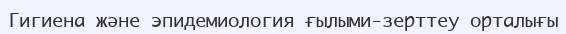
Гигиена және эпидемиология ғылыми-зерттеу орталығы